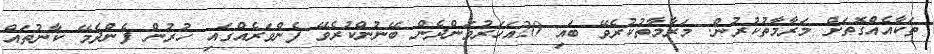
ތަކާއެއްގޮތަށް މަރާމާތުކުރުން. މަރާމާތުކުރެވޭ ބައި 20އަހަރުވަންދެން ބޭނުންކުރެވޭ ފެންވަރެއްގައި ހުރުން ފެންދެމޭ ކާނުތައް